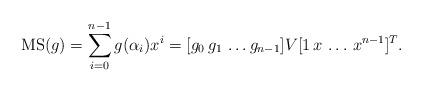
LaTeX: \begin{align*} \mathrm{MS}(g)=\sum_{i=0}^{n-1} g(\alpha_{i})x^{i} =[g_0\,g_1\,\ldots g_{n-1}]V[1\,x\,\ldots\,x^{n-1}]^T. \end{align*}